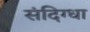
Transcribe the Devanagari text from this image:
संदिग्धा